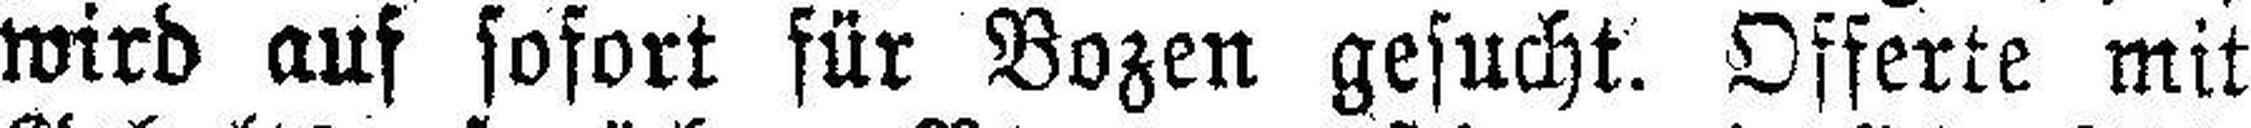
wird auf sofort für Bozen gesucht. Offerte mit